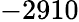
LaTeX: -2910